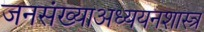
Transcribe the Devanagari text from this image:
जनसंख्याअध्ययनशास्त्र